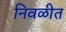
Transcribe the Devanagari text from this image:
निवळीत